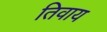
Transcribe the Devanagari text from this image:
तिवाय